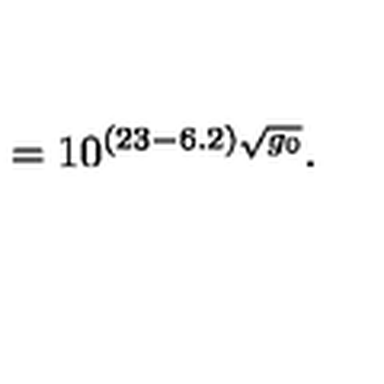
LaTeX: \: = 1 0 ^ { ( 2 3 - 6 . 2 ) \sqrt { g _ { 0 } } } . \: